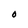
Character: O